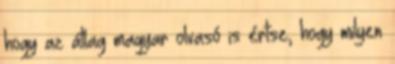
hogy az átlag magyar olvasó is értse, hogy milyen